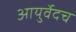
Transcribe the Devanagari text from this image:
आयुर्वेदच